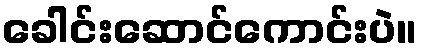
ခေါင်းဆောင်ကောင်းပဲ။